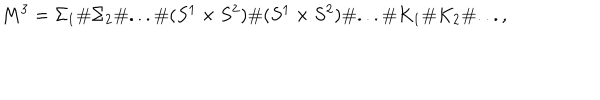
LaTeX: M ^ { 3 } = { \Sigma _ { 1 } } \# { \Sigma _ { 2 } } \# . . . \# ( S ^ { 1 } \times S ^ { 2 } ) \# ( S ^ { 1 } \times S ^ { 2 } ) \# . . . \# K _ { 1 } \# K _ { 2 } \# . . . ,